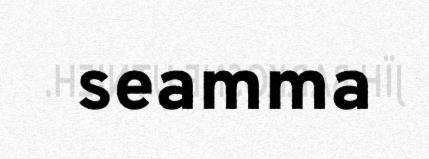
seamma